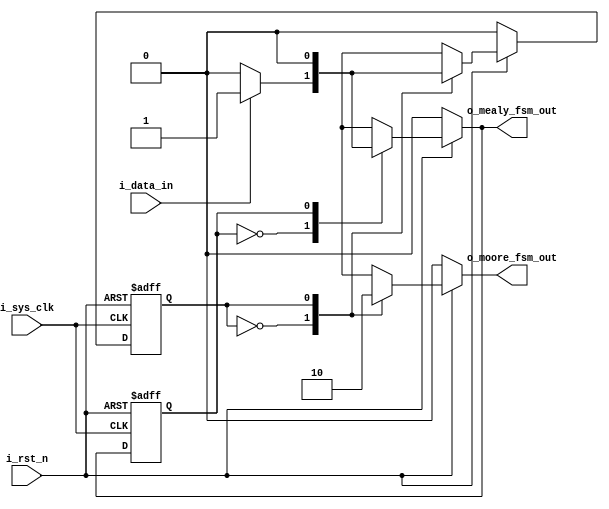
module fsm (
     input         i_sys_clk
    ,input         i_rst_n
    ,input         i_data_in
    ,output        o_moore_fsm_out
    ,output        o_mealy_fsm_out
);

    reg next_state;
    reg current_state;
    reg next_state_moore;
    reg current_state_moore;
    reg moore_fsm_out;
    reg mealy_fsm_out;

    assign o_moore_fsm_out = moore_fsm_out;
    assign o_mealy_fsm_out = mealy_fsm_out;

    // mealy fsm
    always @ (posedge i_sys_clk or negedge i_rst_n) begin
        if(! i_rst_n)
            current_state <= 0;
        else 
            current_state <= next_state;
    end
    
    always @ (*) begin
        if(! i_rst_n) begin
            mealy_fsm_out = 0;
            next_state = 0;
        end else begin
            case (current_state)
                0 : begin
                        if (i_data_in) begin
                            next_state = 1;
                            mealy_fsm_out = 1;
                        end else begin
                            next_state = 0;
                            mealy_fsm_out = 0;
                        end
                    end
                1 : begin
                        next_state = 0;
                        mealy_fsm_out = 0;
                    end
                default : begin
                            next_state = 0;
                            mealy_fsm_out = 0;
                          end
            endcase
        end
    end

    // moore fsm

    always @ (posedge i_sys_clk or negedge i_rst_n) begin
        if (! i_rst_n) begin
            current_state_moore <= 0;
       end else
            current_state_moore <= next_state_moore;
    end
    
    always @ (*) begin
        if (! i_rst_n) 
            next_state_moore <= 0;
        else begin
            case (current_state_moore)
                0 : begin
                        if(i_data_in) 
                            next_state_moore <= 1;
                        else 
                            next_state_moore <= 0;
                    end   
                1 : begin
                        next_state_moore <= 0;
                    end
                default : next_state_moore <= 0;
            endcase 
        end
    end

    always @ (*) begin
        if(! i_rst_n)
            moore_fsm_out = 0;
        else begin
            case (current_state_moore)
                0 : moore_fsm_out = 1;
                1 : moore_fsm_out = 0;
                default : moore_fsm_out = 0;
            endcase
        end
    end

endmodule